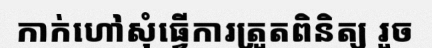
កាក់ហៅសុំធ្វើការត្រួតពិនិត្យ រួច